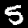
Label: 5